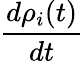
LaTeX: \frac{d\rho_{i}(t)}{dt}